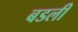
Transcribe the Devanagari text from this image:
बडली